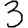
Digit: 3